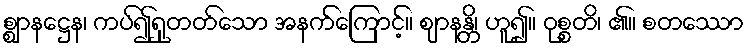
စ္ဈာနဋ္ဌေန၊ ကပ်၍ရှုတတ်သော အနက်ကြောင့်။ ဈာနန္တိ၊ ဟူ၍။ ဝုစ္စတိ၊ ၏။ စတဿော